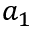
a _ { 1 }